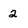
Character: 2